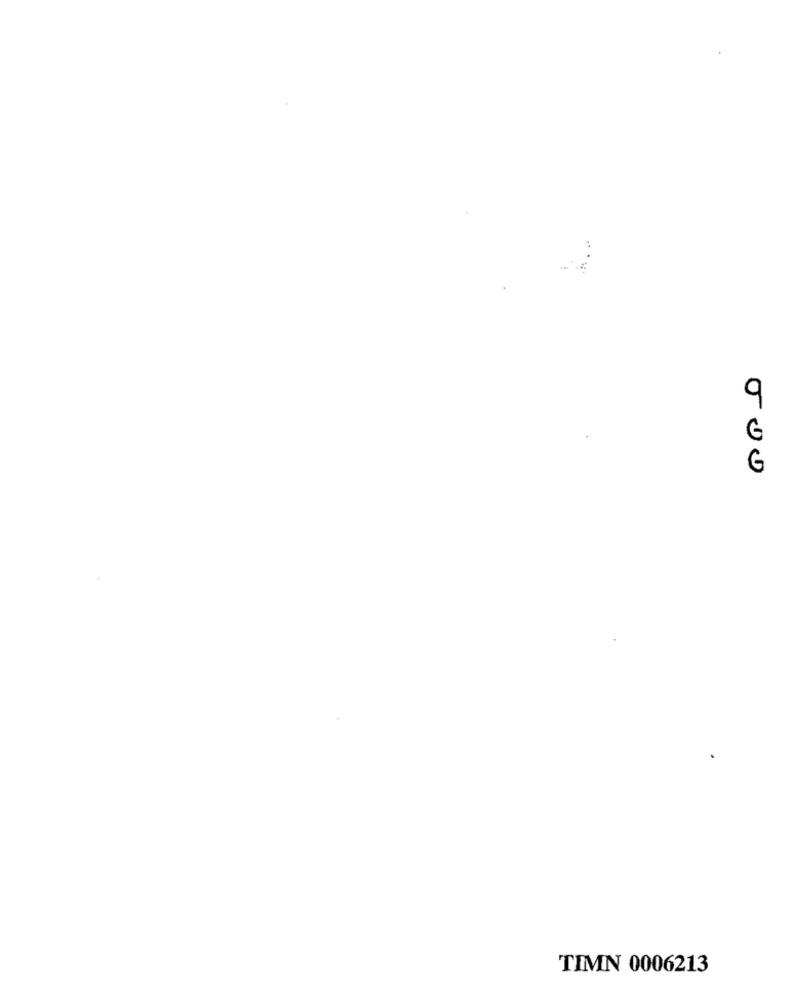
9
G
G
TIMN 0006213